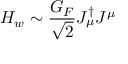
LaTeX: { \cal H } _ { w } \sim { \frac { G _ { F } } { \sqrt { 2 } } } { \cal J } _ { \mu } ^ { \dagger } { \cal J } ^ { \mu }